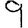
Digit: 9